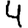
Digit: 4